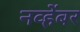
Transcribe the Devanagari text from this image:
नव्हेंबर